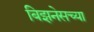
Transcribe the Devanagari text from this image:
बिझनेसच्या